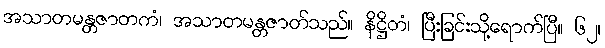
အသာတမန္တဇာတကံ၊ အသာတမန္တဇာတ်သည်။ နိဋ္ဌိတံ၊ ပြီးခြင်းသို့ရောက်ပြီ။ ၆၂၊